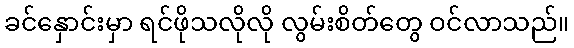
ခင်နှောင်းမှာ ရင်ဖိုသလိုလို လွမ်းစိတ်တွေ ဝင်လာသည်။